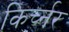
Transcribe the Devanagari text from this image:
किर्च्नर